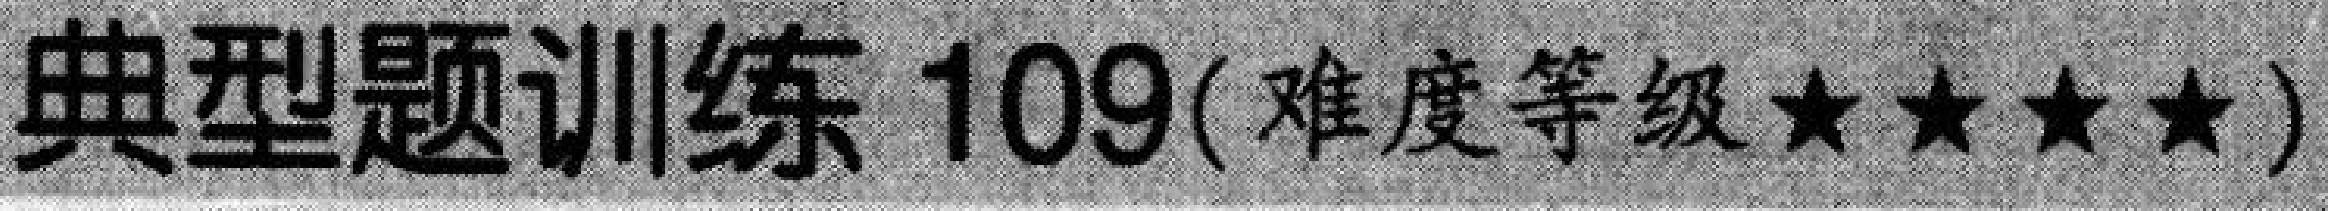
典型题训练 \(109\)(难度等级\(\star\star\star\star\))